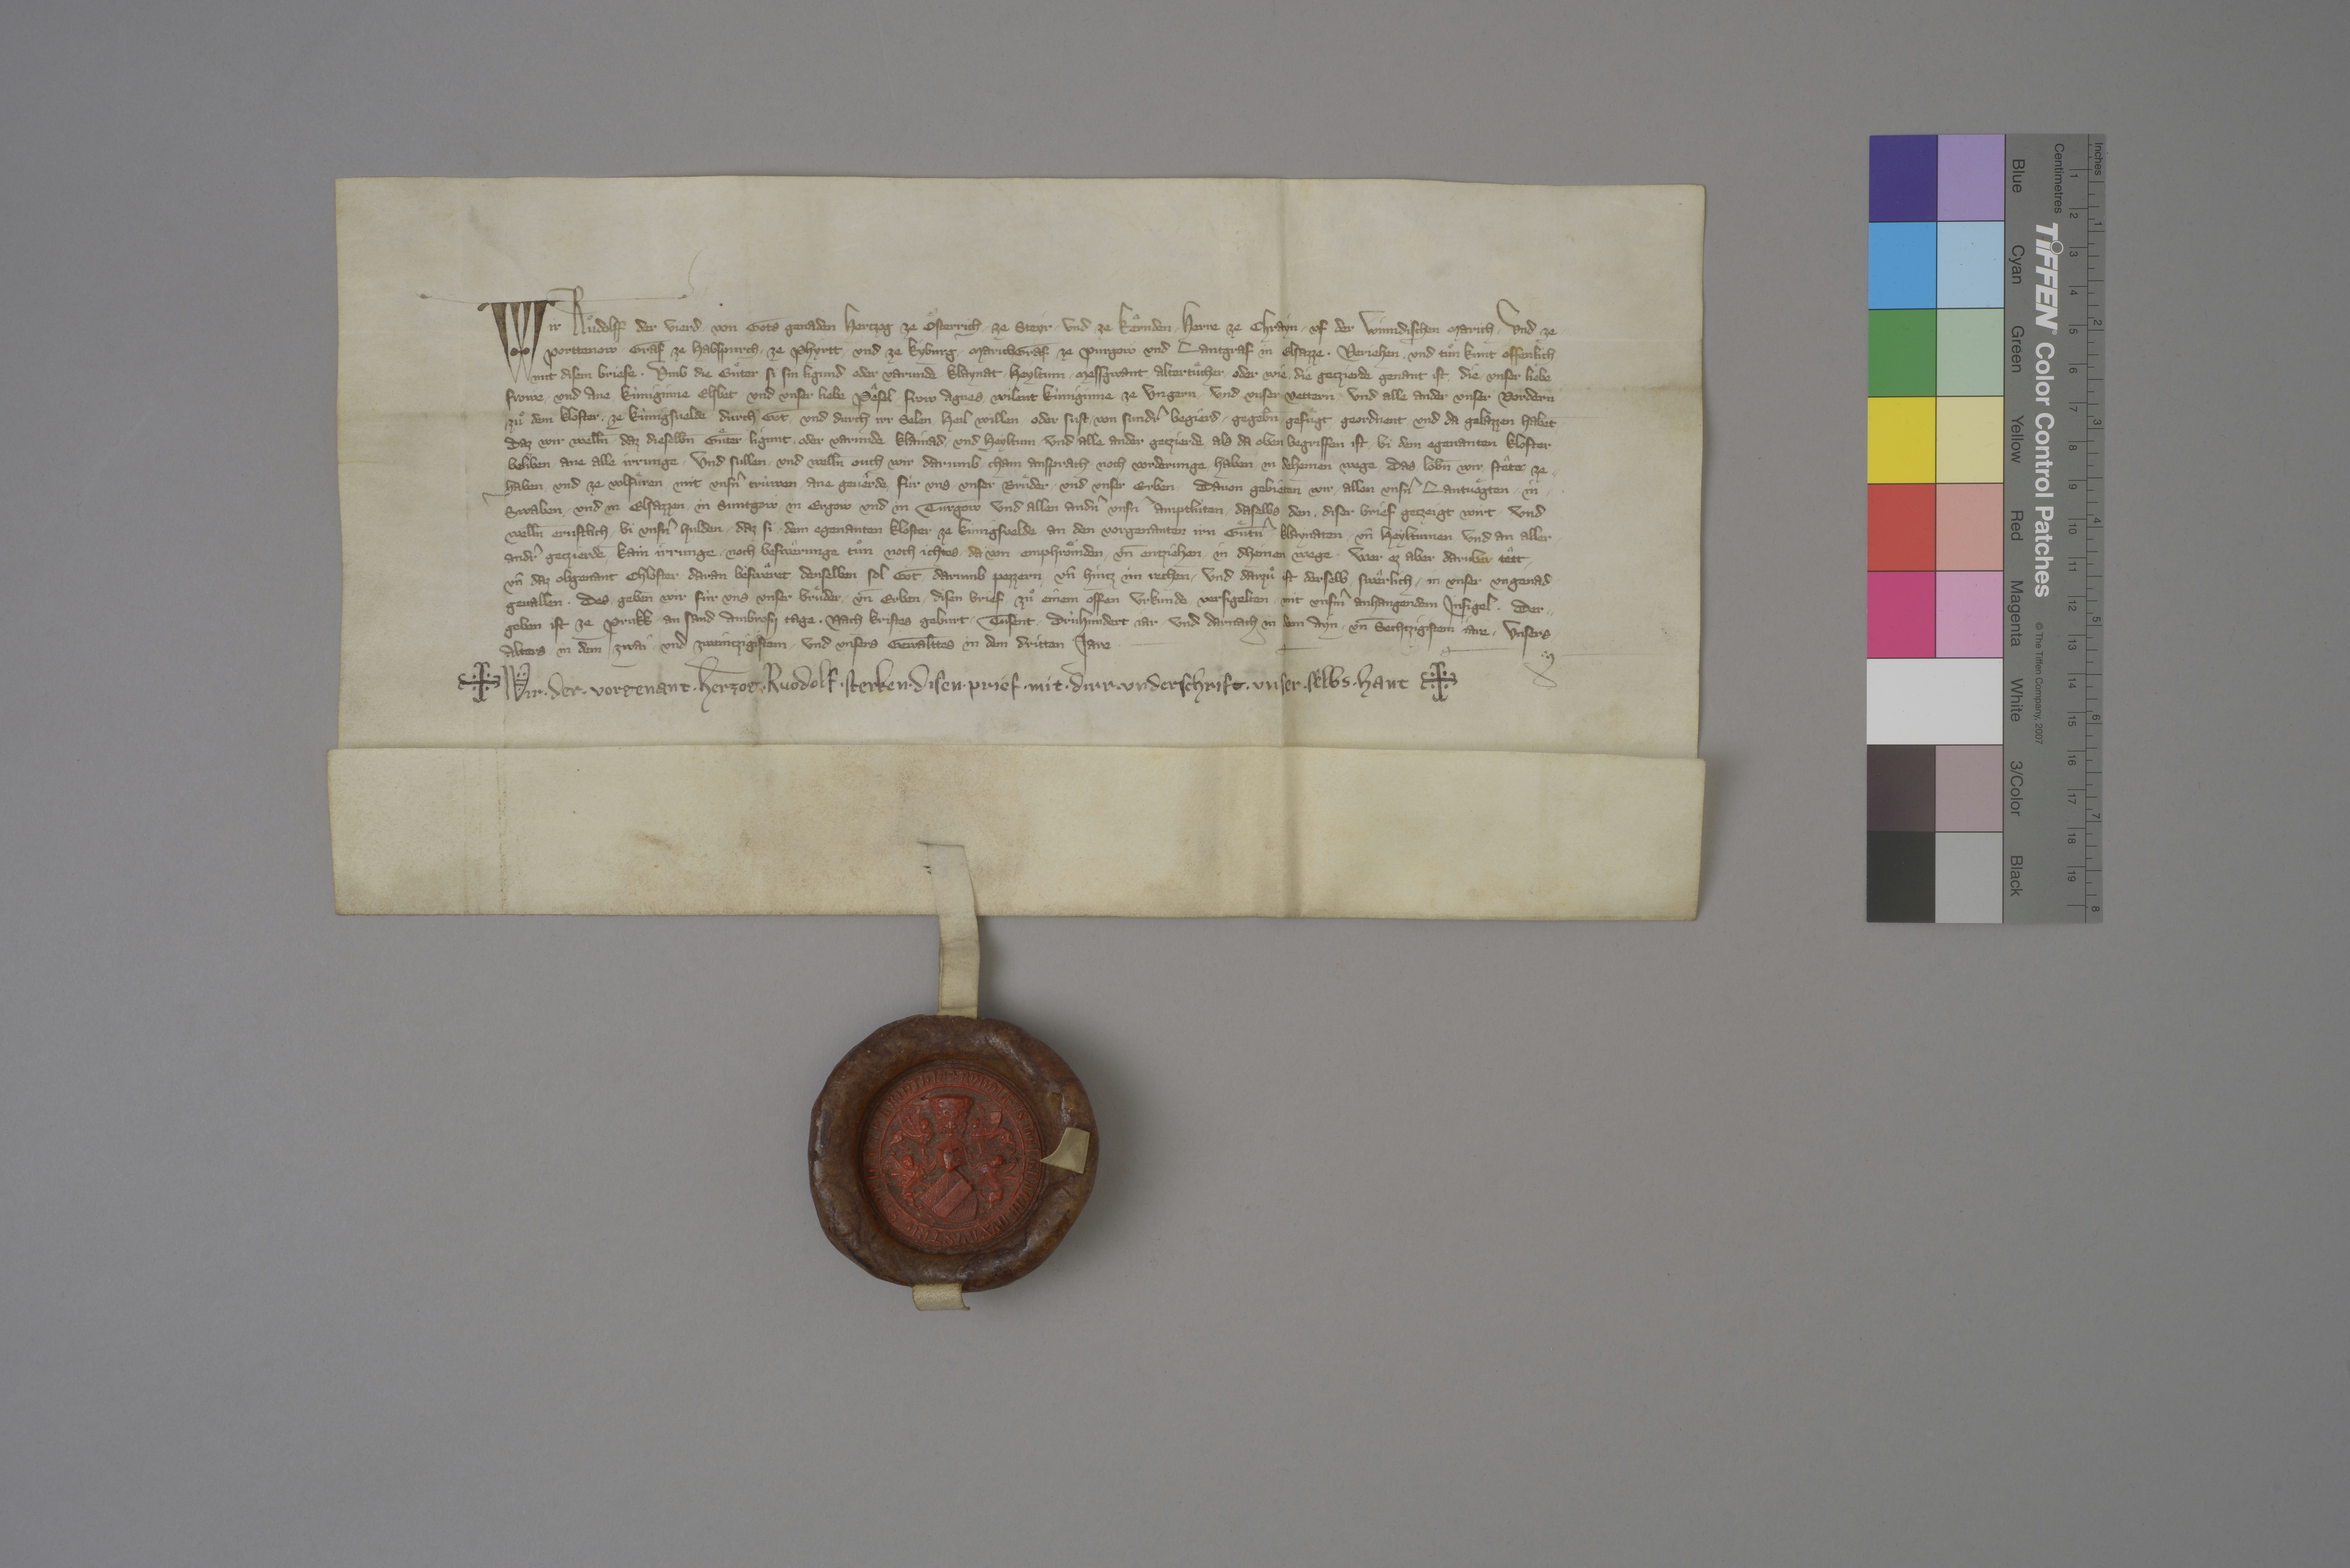
Transcription:
Wir, Ruͦdolff der vierd, ✳ von gots genaden hertzog ze Oͤsterrich, ✳ ze Styr ✳ und ze Keͣrnden, ✳ herre ze Chrayn, ✳ uf der Winndischen Marich ✳ und ze
Porttenowͤ, ✳ graf ze Habspurch, ✳ ze Phyrtt ✳ und ze Kyburg, ✳ marichgraf ze Purgowͤ und lantgraf in Elsazze, ✳ verjehen ✳ und tuͦn kunt offenlich
mit disem briefe, ✳ umb die guͤter, ✳ si sin ligund oder varunde, ✳ klaynat, ✳ heyltum, ✳ messgwant, ✳ altertuͤcher ✳ oder wie ✳ die getzierde genant ist, ✳ die unser liebe
frowe ✳ und ane, ✳ kùniginne Elsbet, und unser liebe pêsel, ✳ frow Agnes, ✳ wilent kùniginne ze Ungern, ✳ und unser vettern, ✳ und alle ander unser vordern
zuͦ dem kloster ✳ ze Kùnigsvelde, ✳ durch got ✳ und durch irr selen heil willen, ✳ oder sust ✳ von sundrˀ begierd, ✳ gegeb̄n, ✳ gefuͤgt, ✳ geordnent und da gelazzen habēt, ✳
daz wir well̄n, ✳ daz dieselb̄n guͤter, ligunt ✳ oder varunde, ✳ klainad ✳ und heyltum, ✳ und ✳ alle ander getzierde, ✳ als da oben begriffen ist, ✳ bi dem egenanten kloster
beliben ✳ ane alle irrunge, ✳ und sullen ✳ und well̄n ouch wir darumb chain ansprach noch vorderunge ✳ haben, ✳ in deheinen wege, ✳ das lob̄n wir stête ze ✳
haben und ze volfuͤren ✳ mit unsnˀ trùwen ✳ ane gevêrde ✳ fùr uns, ✳ unser bruͤder ✳ und unser erben. ✳ davon gebieten wir ✳ allen unsnˀ langvoͤgten ✳ in ✳
Swaben ✳ und in Elsazzen, ✳ in Suntgowͤ,✳ in Ergowͤ ✳ und in Turgowͤ, ✳ und allen andnˀ unsnˀ amptlùten ✳ daselbs, den ✳ diser brief getzeigt wirt, ✳ und
well̄n ernstlich ✳ bi unsnˀ hulden, ✳ daz si ✳ dem egenanten kloster ze Kùnigsvelde an den vorgenanten irn guͤtnˀ, ✳ klaynaten ✳ un̄ heyltumen, ✳ und an aller
andrˀ getzierde, ✳ kain irrunge ✳ noch beswêrunge tuͦn, ✳ noch ichtes ✳ da von ✳ emphroͤmden ✳ un̄ entziehen ✳ in dheinen wege. ✳ wer ez aber daruber têtt
un̄ daz obgenant chloster ✳ daran besweͣret, ✳ denselben ✳ sol got ✳ darumb pezzern ✳ un̄ hintz im rechen, ✳ und darzuͦ ist derselb ✳ sweͣrlich ✳ in unser ungenad ✳
gevallen. ✳ des ✳ geben wir fùr uns, ✳ unser bruͤder ✳ un̄ erben ✳ disen brief ✳ zuͦ einem offen urkunde, ✳ versigelten ✳ mit unsmˀ anhangendem insigel, ✳ der ✳
geben ist ze Prukk ✳ an sand Ambrosy tage, ✳ nach Kristes geburt ✳ tusent ✳ drùhundert jar ✳ und darnach in dem ayn ✳ un̄ sechtzigistem jare, ✳ unsers ✳
alters ✳ in dem zwai ✳ und zweintzigstem ✳ und unsers gewalttes in dem dritten jare.

✳ Wir, ✳ der ✳ vorgenant ✳ herzog ✳ Ruodolf, ✳ sterken ✳ disen ✳ prief ✳ mit ✳ dirr ✳ underschrift ✳ unser✳ selbs ✳ hant. ✳